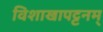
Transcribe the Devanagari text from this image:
विशाखापट्टनम्